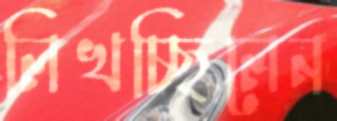
লিখচ্ছিলেন